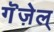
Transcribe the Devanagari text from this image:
गॆज़ेल्